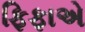
ફિફાએ